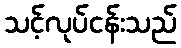
သင့်လုပ်ငန်းသည်